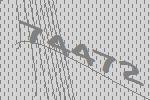
74472